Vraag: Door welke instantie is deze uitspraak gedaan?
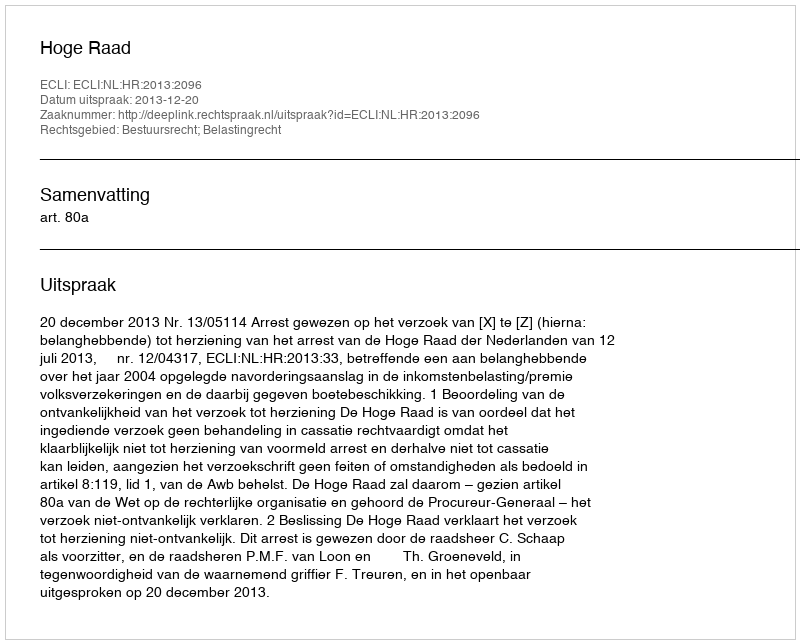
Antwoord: Hoge Raad